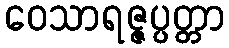
ဝေသာရဇ္ဇပ္ပတ္တာ